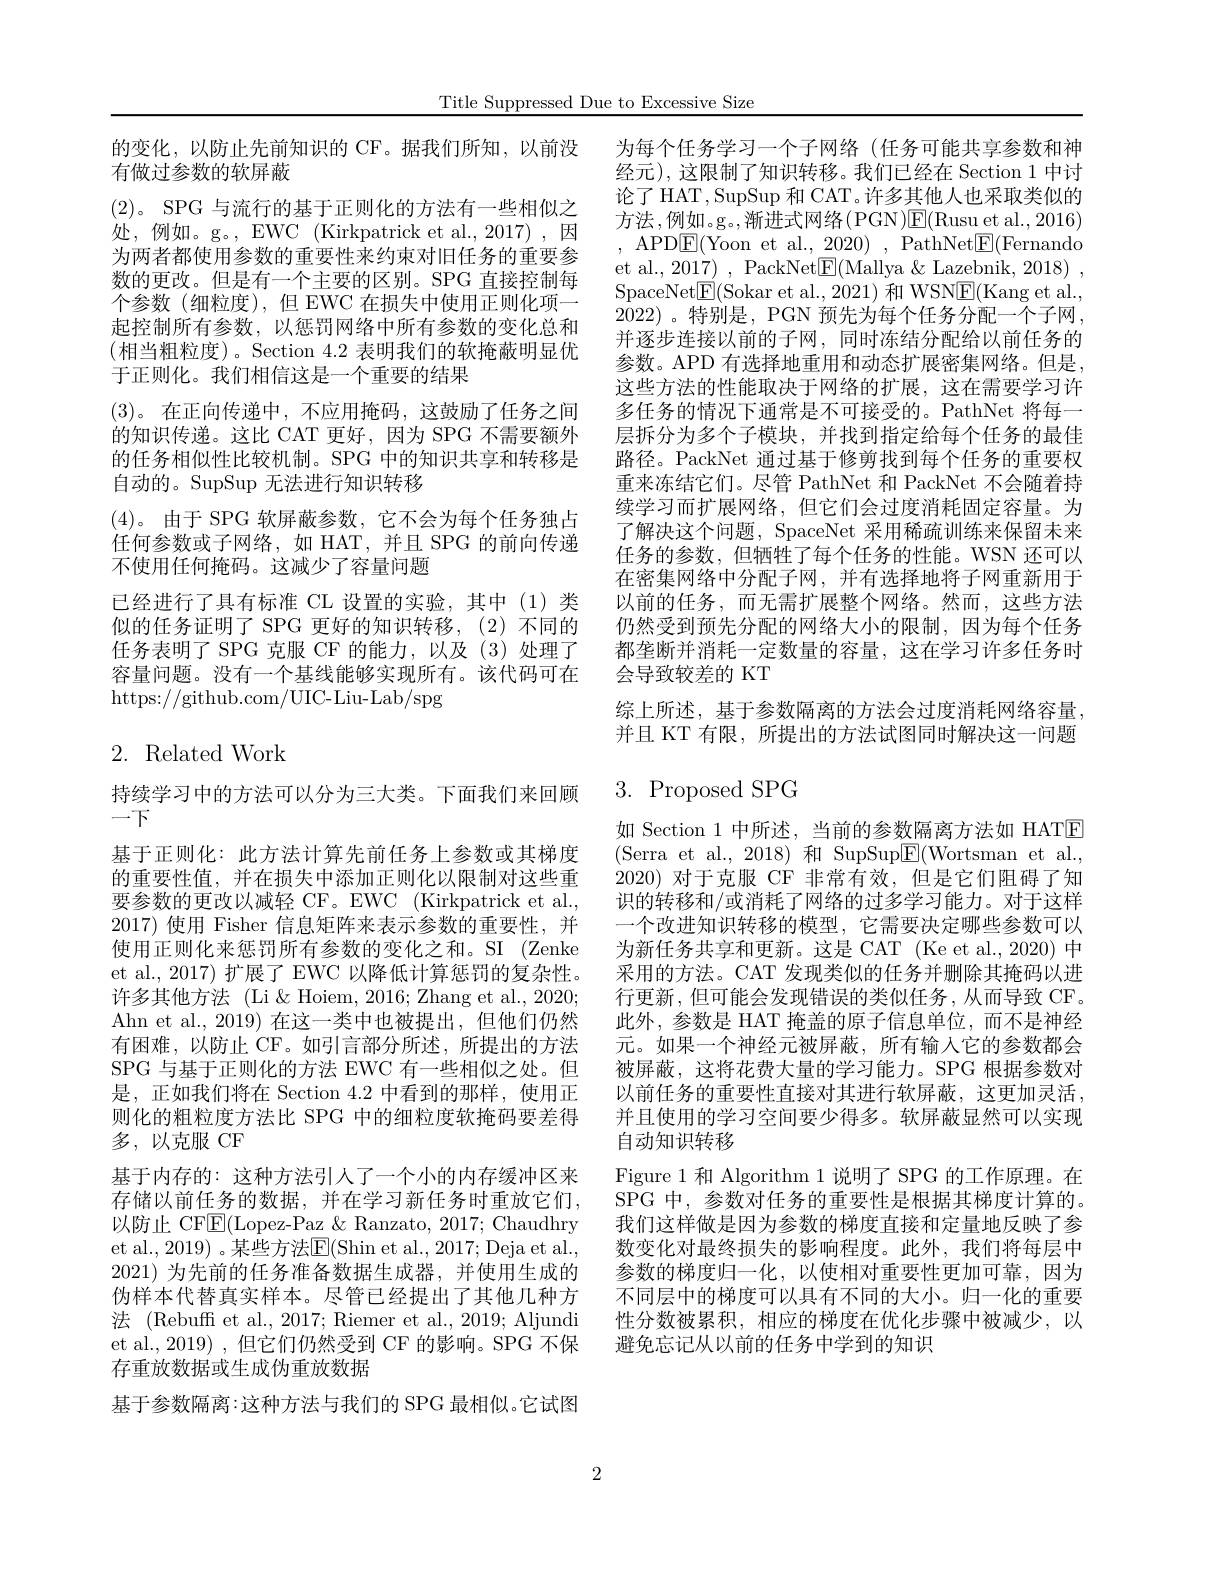
Title Suppressed Due to Excessive Size

的变化，以防止先前知识的 CF。据我们所知，以前没
有做过参数的软屏蔽
(2)。SPG 与流行的基于正则化的方法有一些相似之处，例如。g。, EWC(Kirkpatrick et al., 2017),因为两者都使用参数的重要性来约束对旧任务的重要参数的更改。但是有一个主要的区别。SPG 直接控制每个参数(细粒度),但 EWC 在损失中使用正则化项一起控制所有参数，以惩罚网络中所有参数的变化总和(相当粗粒度)。Section 4.2 表明我们的软掩蔽明显优于正则化。我们相信这是一个重要的结果
(3)。在正向传递中，不应用掩码，这鼓励了任务之间的知识传递。这比 CAT 更好，因为 SPG 不需要额外的任务相似性比较机制。SPG 中的知识共享和转移是自动的。SupSup 无法进行知识转移
(4)。由于 SPG 软屏蔽参数，它不会为每个任务独占任何参数或子网络，如 HAT,并且 SPG 的前向传递不使用任何掩码。这减少了容量问题
已经进行了具有标准 CL 设置的实验，其中(1)类似的任务证明了 SPG 更好的知识转移，(2)不同的任务表明了 SPG 克服 CF 的能力，以及(3)处理了容量问题。没有一个基线能够实现所有。该代码可在https://github.com/UIC-Liu-Lab/spg

# 2. Related Work

持续学习中的方法可以分为三大类。下面我们来回顾
一下
基于正则化：此方法计算先前任务上参数或其梯度的重要性值，并在损失中添加正则化以限制对这些重要参数的更改以减轻 CF。EWC (Kirkpatrick et al., 2017) 使用 Fisher 信息矩阵来表示参数的重要性，并使用正则化来惩罚所有参数的变化之和。SI (Zenke et al., 2017) 扩展了 EWC 以降低计算惩罚的复杂性。许多其他方法 (Li & Hoiem, 2016; Zhang et al., 2020; Ahn et al., 2019) 在这一类中也被提出，但他们仍然有困难，以防止.CF。如引言部分所述，所提出的方法SPG 与基于正则化的方法 EWC 有一些相似之处。但是，正如我们将在 Section 4.2 中看到的那样，使用正则化的粗粒度方法比 SPG 中的细粒度软掩码要差得多，以克服CF
基于内存的：这种方法引人了一个小的内存缓冲区来存储以前任务的数据，并在学习新任务时重放它们， 以防止 CF$\boxed{\mathrm{E}}($Lopez-Paz $\&$ Ranzato, 2017; Chaudhry et al., 2019) 。某些方法E$( Shin et al. , 2017; Deja et al. $, 2021)为先前的任务准备数据生成器，并使用生成的伪样本代替真实样本。尽管已经提出了其他几种方法 (Rebuff et al., 2017; Riemer et al., 2019; Aljundi et al., 2019) , 但它们仍然受到 CF 的影响。SPG 不保存重放数据或生成伪重放数据
基于参数隔离：这种方法与我们的 SPG 最相似。它试图

为每个任务学习一个子网络(任务可能共享参数和神经元),这限制了知识转移。我们已经在 Section 1 中讨论了 HAT, SupSup 和 CAT。许多其他人也采取类似的方法 ,例如。g。,渐进式网络(PGN)E(Rusu et al.,2016) , APD$\boxed{\mathrm{E}}($Yoon et al., 2020),PathNet$\boxed{\mathrm{E}}($Fernando et al., 2017) , PackNet$\boxed{\mathrm{F}}($Mallya &Lazebnik, 2018) , SpaceNet$\underline{\mathrm{E}}($Sokar et al.,2021) 和 WSN$\underline{\mathrm{E}}($Kang et al., 2022) 。特别是 , PGN 预先为每个任务分配一个子网， 并逐步连接以前的子网，同时冻结分配给以前任务的参数。APD 有选择地重用和动态扩展密集网络。但是， 这些方法的性能取决于网络的扩展，这在需要学习许多任务的情况下通常是不可接受的。PathNet 将每一层拆分为多个子模块，并找到指定给每个任务的最佳路径。PackNet 通过基于修剪找到每个任务的重要权重来冻结它们。尽管 PathNet 和 PackNet 不会随着持续学习而扩展网络，但它们会过度消耗固定容量。为了解决这个问题，SpaceNet 采用稀疏训练来保留未来任务的参数，但牺牲了每个任务的性能。WSN 还可以在密集网络中分配子网，并有选择地将子网重新用于以前的任务，而无需扩展整个网络。然而，这些方法仍然受到预先分配的网络大小的限制，因为每个任务都垄断并消耗一定数量的容量，这在学习许多任务时会导致较差的 KT
综上所述，基于参数隔离的方法会过度消耗网络容量， 并且 KT 有限，所提出的方法试图同时解决这一问题

# 3.Proposed SPG

如 Section 1 中所述，当前的参数隔离方法如 HATE (Serra et al.,2018)和 SupSup$\underline{\mathrm{E}}($Wortsman et al., 2020)对于克服 CF 非常有效，但是它们阻碍了知识的转移和/或消耗了网络的过多学习能力。对于这样一个改进知识转移的模型，它需要决定哪些参数可以为新任务共享和更新。这是 CAT (Ke et al., 2020) 中采用的方法。CAT 发现类似的任务并删除其掩码以进行更新，但可能会发现错误的类似任务，从而导致 CF。此外，参数是 HAT 掩盖的原子信息单位，而不是神经元。如果一个神经元被屏蔽，所有输入它的参数都会被屏蔽，这将花费大量的学习能力。SPG 根据参数对以前任务的重要性直接对其进行软屏蔽，这更加灵活， 并且使用的学习空间要少得多。软屏蔽显然可以实现自动知识转移
Figure 1 和 Algorithm 1 说明了 SPG 的工作原理。在SPG 中，参数对任务的重要性是根据其梯度计算的。我们这样做是因为参数的梯度直接和定量地反映了参数变化对最终损失的影响程度。此外，我们将每层中参数的梯度归一化，以使相对重要性更加可靠，因为不同层中的梯度可以具有不同的大小。归一化的重要性分数被累积，相应的梯度在优化步骤中被减少，以避免忘记从以前的任务中学到的知识

2